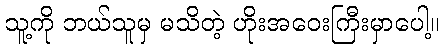
သူ့ကို ဘယ်သူမှ မသိတဲ့ ဟိုးအဝေးကြီးမှာပေါ့။